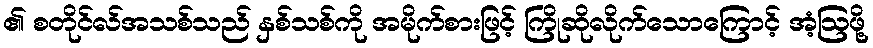
၏ စတိုင်လ်အသစ်သည် နှစ်သစ်ကို အမိုက်စားဖြင့် ကြိုဆိုလိုက်သောကြောင့် အံ့ဩဖို့